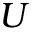
U